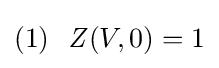
(1)\ \ {\mathit {Z}}(V,0)=1